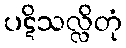
ပဋိသလ္လိတုံ